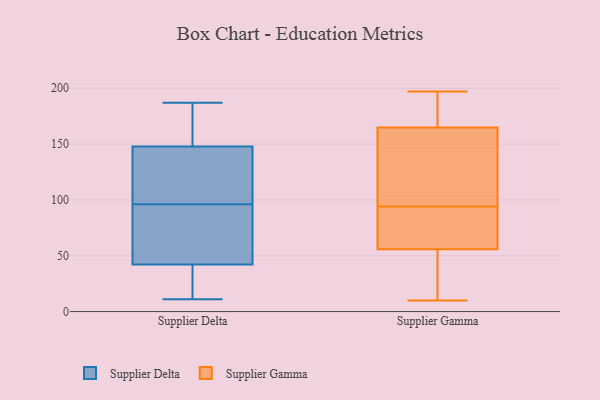
{"axis": {"x": "Page Views", "y": "Value"}, "legend": ["Supplier Delta", "Supplier Gamma"], "data": [{"x": "", "y": 58, "type": "Supplier Delta"}, {"x": "", "y": 126, "type": "Supplier Delta"}, {"x": "", "y": 37, "type": "Supplier Delta"}, {"x": "", "y": 60, "type": "Supplier Delta"}, {"x": "", "y": 27, "type": "Supplier Delta"}, {"x": "", "y": 113, "type": "Supplier Delta"}, {"x": "", "y": 96, "type": "Supplier Delta"}, {"x": "", "y": 155, "type": "Supplier Delta"}, {"x": "", "y": 11, "type": "Supplier Delta"}, {"x": "", "y": 187, "type": "Supplier Delta"}, {"x": "", "y": 170, "type": "Supplier Delta"}, {"x": "", "y": 10, "type": "Supplier Gamma"}, {"x": "", "y": 75, "type": "Supplier Gamma"}, {"x": "", "y": 85, "type": "Supplier Gamma"}, {"x": "", "y": 46, "type": "Supplier Gamma"}, {"x": "", "y": 137, "type": "Supplier Gamma"}, {"x": "", "y": 194, "type": "Supplier Gamma"}, {"x": "", "y": 161, "type": "Supplier Gamma"}, {"x": "", "y": 90, "type": "Supplier Gamma"}, {"x": "", "y": 129, "type": "Supplier Gamma"}, {"x": "", "y": 27, "type": "Supplier Gamma"}, {"x": "", "y": 94, "type": "Supplier Gamma"}, {"x": "", "y": 52, "type": "Supplier Gamma"}, {"x": "", "y": 57, "type": "Supplier Gamma"}, {"x": "", "y": 193, "type": "Supplier Gamma"}, {"x": "", "y": 176, "type": "Supplier Gamma"}, {"x": "", "y": 121, "type": "Supplier Gamma"}, {"x": "", "y": 197, "type": "Supplier Gamma"}]}